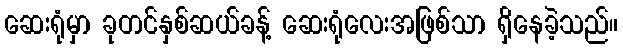
ဆေးရုံမှာ ခုတင်နှစ်ဆယ်ခန့် ဆေးရုံလေးအဖြစ်သာ ရှိနေခဲ့သည်။